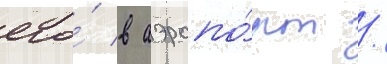
его́ в аэропо́рт /